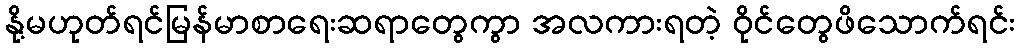
နို့မဟုတ်ရင်မြန်မာစာရေးဆရာတွေကွာ အလကားရတဲ့ ဝိုင်တွေဖိသောက်ရင်း